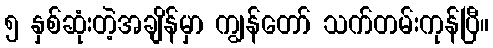
၅ နှစ်ဆုံးတဲ့အချိန်မှာ ကျွန်တော် သက်တမ်းကုန်ပြီ။